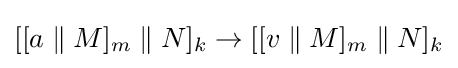
[[a\;\|\;M]_{m}\;\|\;N]_{k}\rightarrow [[v\;\|\;M]_{m}\;\|\;N]_{k}